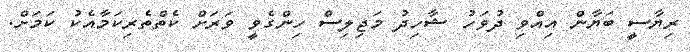
ރިޔާސީ ބަޔާން އިއްވި ދުވަހު ޝާހިދު މަޖިލިސް ހިންގެވީ ވަރަށް ކެތްތެރިކަމާއެކު ކަމަށް.